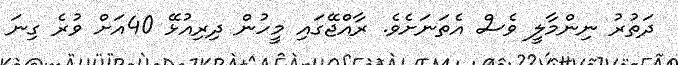
ދަތުރު ނިންމާލީ ވެސް އެތަނަށެވެ. ރާއްޖޭގައި މީހުން ދިރިއުޅޭ 40އަށް ވުރެ ގިނަ